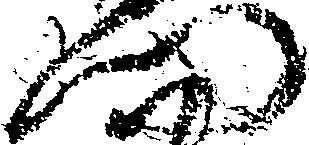
門